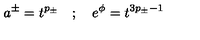
a ^ { \pm } = t ^ { p _ { \pm } } \quad ; \quad e ^ { \phi } = t ^ { 3 p _ { \pm } - 1 }